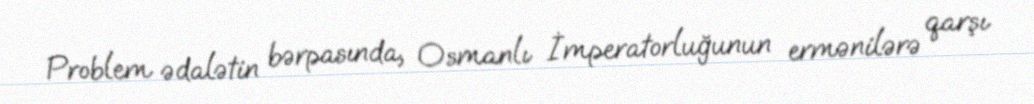
Problem ədalətin bərpasında, Osmanlı İmperatorluğunun ermənilərə qarşı